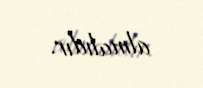
almalıdır.